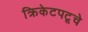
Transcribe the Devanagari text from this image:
क्रिकेटपटूचे